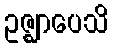
ဥဇ္ဈာပေသိ